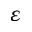
\varepsilon